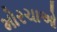
મોરચાઓ